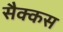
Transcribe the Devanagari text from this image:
सैक्कस